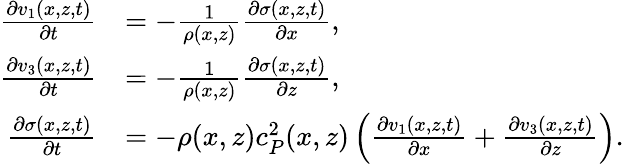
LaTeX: \begin{array}{rl}{\frac{\partial v_{1}(x,z,t)}{\partial t}}&{=-\frac{1}{\rho(x,z)}\frac{\partial\sigma(x,z,t)}{\partial x},}\\ {\frac{\partial v_{3}(x,z,t)}{\partial t}}&{=-\frac{1}{\rho(x,z)}\frac{\partial\sigma(x,z,t)}{\partial z},}\\ {\frac{\partial\sigma(x,z,t)}{\partial t}}&{=-\rho(x,z)c_{P}^{2}(x,z)\left(\frac{\partial v_{1}(x,z,t)}{\partial x}+\frac{\partial v_{3}(x,z,t)}{\partial z}\right).}\end{array}